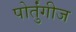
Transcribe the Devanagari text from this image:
पोर्तुंगीज